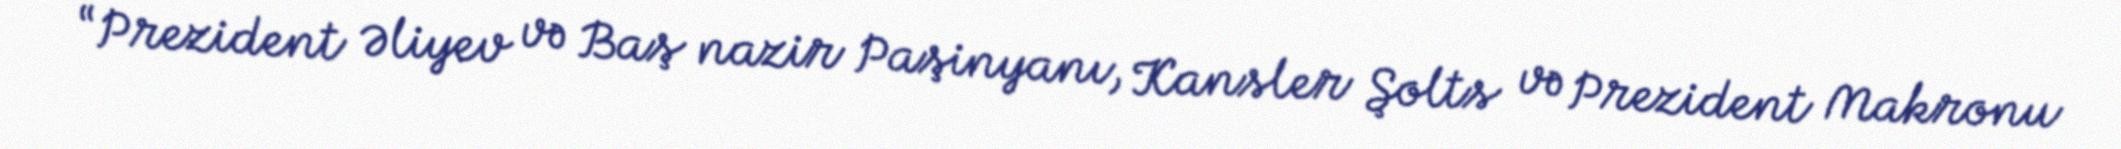
“Prezident Əliyev və Baş nazir Paşinyanı, Kansler Şolts və Prezident Makronu